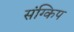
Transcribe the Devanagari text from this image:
संग्किप